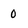
Character: 0